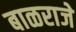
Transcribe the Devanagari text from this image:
बाळराजे